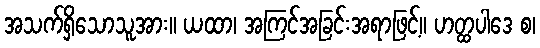
အသက်ရှိသောသူအား။ ယထာ၊ အကြင်အခြင်းအရာဖြင့်။ ဟတ္ထပါဒေ စ၊